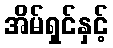
အိမ်ရှင်နှင့်